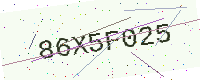
Text: 86X5F025